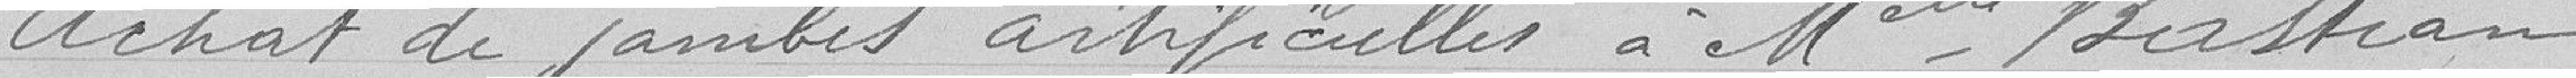
Achat de jambes artificielles à mademoiselle Bastian